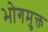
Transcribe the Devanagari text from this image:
भोगमुक्त